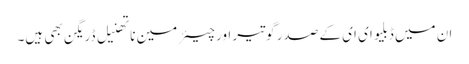
ان میں ڈبلیو ای ای کے صدر گوتیر اور چیئرمین ناتھنیل ڈریگن بھی ہیں۔